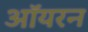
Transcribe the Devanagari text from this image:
ऑयरन